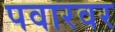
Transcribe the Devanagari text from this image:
पवारवर